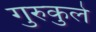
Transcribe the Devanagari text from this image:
गुरुकुले